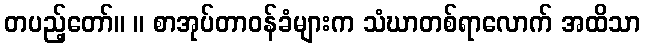
တပည့်တော်။ ။ စာအုပ်တာဝန်ခံများက သံဃာတစ်ရာလောက် အထိသာ